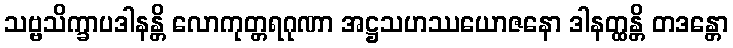
သဗ္ဗသိက္ခာပဒါနန္တိ လောကုတ္တရဂုဏာ အဋ္ဌသဟဿယောဇနော ဒါနတ္ထန္တိ တဒန္တော